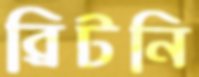
ব্রিটনি